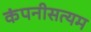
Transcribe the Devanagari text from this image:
कंपनीसत्यम